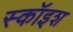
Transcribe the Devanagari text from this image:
स्कॉइश